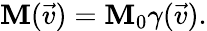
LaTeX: \mathbf{M}(\vec{{v}})=\mathbf{M}_{0}\gamma(\vec{{v}}).